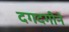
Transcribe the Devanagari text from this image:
दगदगीने